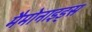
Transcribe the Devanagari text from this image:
मैमोनाइड्स